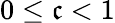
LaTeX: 0\le\mathfrak{c}<1